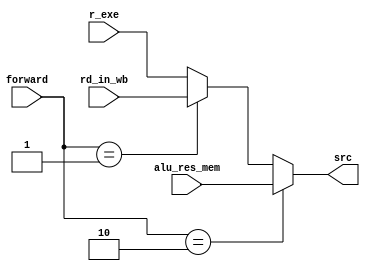
module ForwardSelector (
    input [1:0] forward,
    input [31:0] r_exe, alu_res_mem, rd_in_wb,
    output [31:0] src   
);
    assign src = (forward == 'd2) ? alu_res_mem :
                    (forward == 'd1) ? rd_in_wb : r_exe;
endmodule